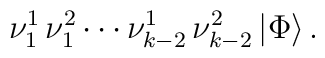
\nu_1^1 \, \nu_1^2 \cdots \nu_{k-2}^1 \, \nu_{k-2}^2 \,\vert\Phi\rangle \, .